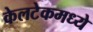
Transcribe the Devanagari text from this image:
केलटेकमध्ये